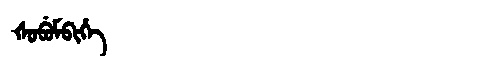
Manchu: ᡧᠣᠪᡠᠮᠪᡳᡥᡝ
Romanization: ŠOBUMBIHE